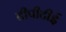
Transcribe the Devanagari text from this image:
टीपीटीई